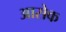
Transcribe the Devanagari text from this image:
आसेक